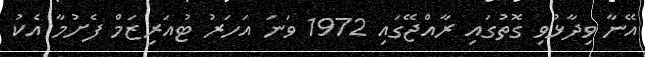
އޭނާ ވިދާޅުވި ގޮތުގައި ރާއްޖޭގައި 1972 ވަނަ އަހަރު ޓުއަރިޒަމް ފެށުމާ އެކު